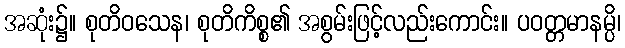
အဆုံး၌။ စုတိဝသေန၊ စုတိကိစ္စ၏ အစွမ်းဖြင့်လည်းကောင်း။ ပဝတ္တမာနမ္ပိ၊